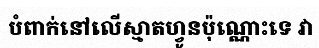
បំពាក់នៅលើស្មាតហ្វូនប៉ុណ្ណោះទេ វា